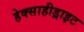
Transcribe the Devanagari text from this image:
हेक्साहीड्राइट